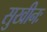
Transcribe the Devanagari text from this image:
सुखीनः